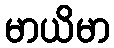
မာယိမာ